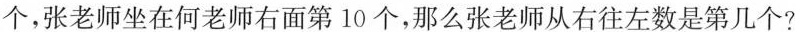
个，张老师坐在何老师右面第10个，那么张老师从右往左数是第几个?